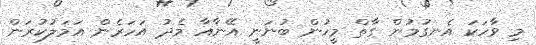
މި ވާހަކަ އެނގުމުން ގާތް މީހުން ބުނަނީ އޭނާއާ މެދު އަހަރެން އަމަލުކުރަން